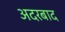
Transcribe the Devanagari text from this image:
अदरबाद